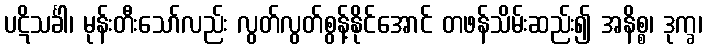
ပဋိသင်္ခါ၊ မုန်းတီးသော်လည်း လွတ်လွတ်စွန့်နိုင်အောင် တဖန်သိမ်းဆည်း၍ အနိစ္စ၊ ဒုက္ခ၊